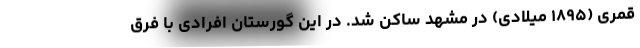
قمری (۱۸۹۵ میلادی) در مشهد ساکن شد. در این گورستان افرادی با فرق